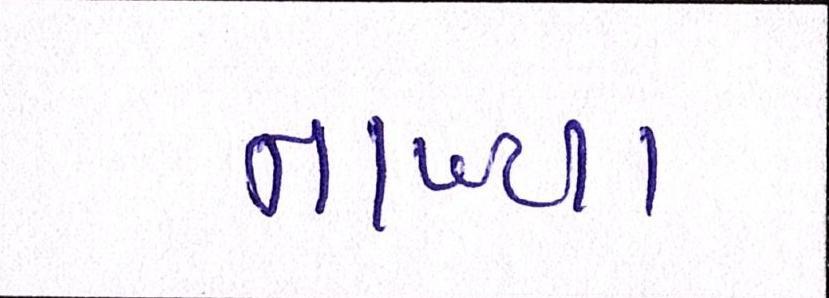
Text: નાખ્યા